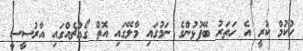
ހުކުމް ކުރީ އެ ހަތަރު ބޭފުޅުންގެ ނަމުގައި މާލޭގައި އޮތް ގޯއްޗެއްގައި އާރުސީސީ